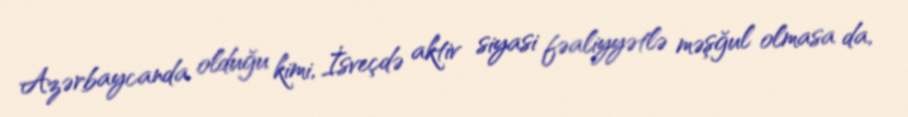
Azərbaycanda olduğu kimi, İsveçdə aktiv siyasi fəaliyyətlə məşğul olmasa da,